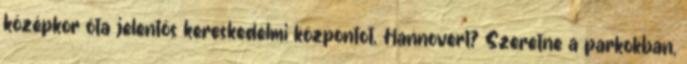
középkor óta jelentős kereskedelmi központot, Hannovert? Szeretne a parkokban,